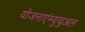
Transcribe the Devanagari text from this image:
योजनाएंम्युचुअल